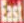
East